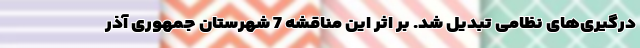
درگیری‌های نظامی تبدیل شد. بر اثر این مناقشه 7 شهرستان جمهوری آذر